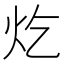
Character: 𪸏